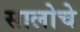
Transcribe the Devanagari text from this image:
सालोचे